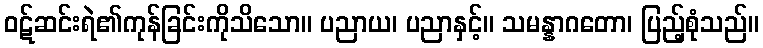
ဝဋ်ဆင်းရဲ၏ကုန်ခြင်းကိုသိသော။ ပညာယ၊ ပညာနှင့်။ သမန္နာဂတော၊ ပြည့်စုံသည်။